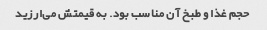
حجم غذا و طبخ آن مناسب بود. به قیمتش می‌ارزید